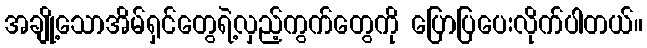
အချို့သောအိမ်ရှင်တွေရဲ့လှည့်ကွက်တွေကို ပြောပြပေးလိုက်ပါတယ်။